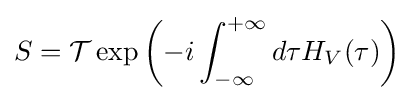
S={\mathcal {T}}\exp \left(-i\int _{-\infty }^{+\infty }d\tau H_{V}(\tau )\right)